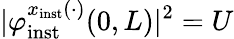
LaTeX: \vert\varphi_{\mathrm{inst}}^{x_{\mathrm{inst}}(\cdot)}(0,L)\vert^{2}=U